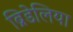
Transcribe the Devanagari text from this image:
ब्रिडेलिया